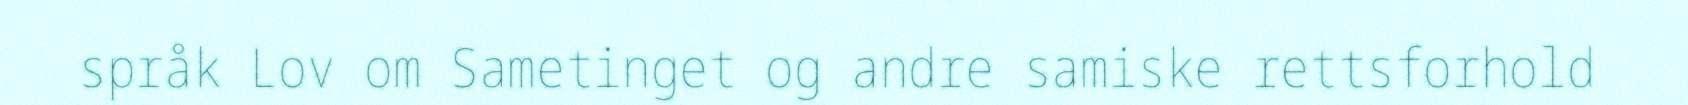
språk Lov om Sametinget og andre samiske rettsforhold